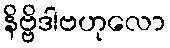
နိဗ္ဗိဒါဗဟုလော